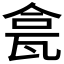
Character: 𱰊